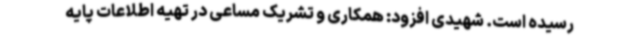
رسیده است. شهیدی افزود: همکاری و تشریک مساعی در تهیه اطلاعات پایه